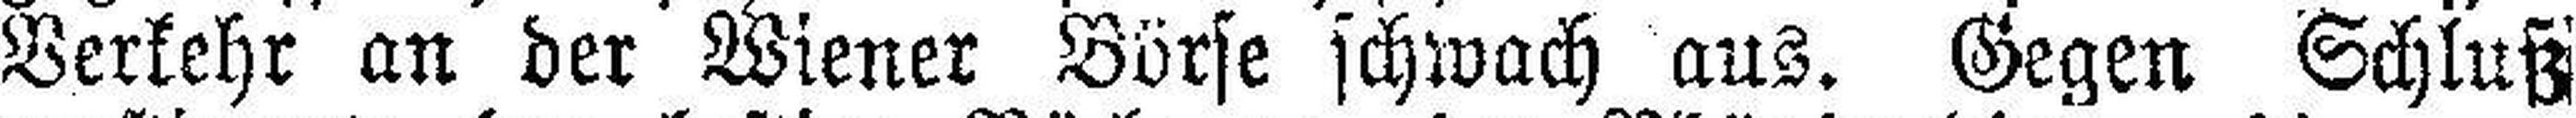
Verkehr an der Wiener Börse schwach aus. Gegen Schluß